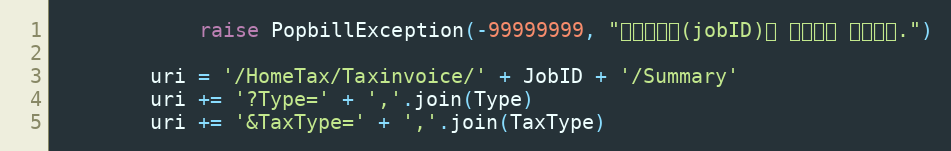
Language: Python
            raise PopbillException(-99999999, "작업아이디(jobID)가 올바르지 않습니다.")

        uri = '/HomeTax/Taxinvoice/' + JobID + '/Summary'
        uri += '?Type=' + ','.join(Type)
        uri += '&TaxType=' + ','.join(TaxType)